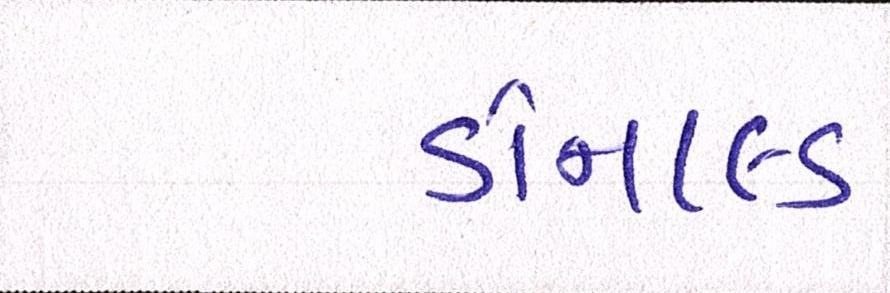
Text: ડોનાલ્ડ